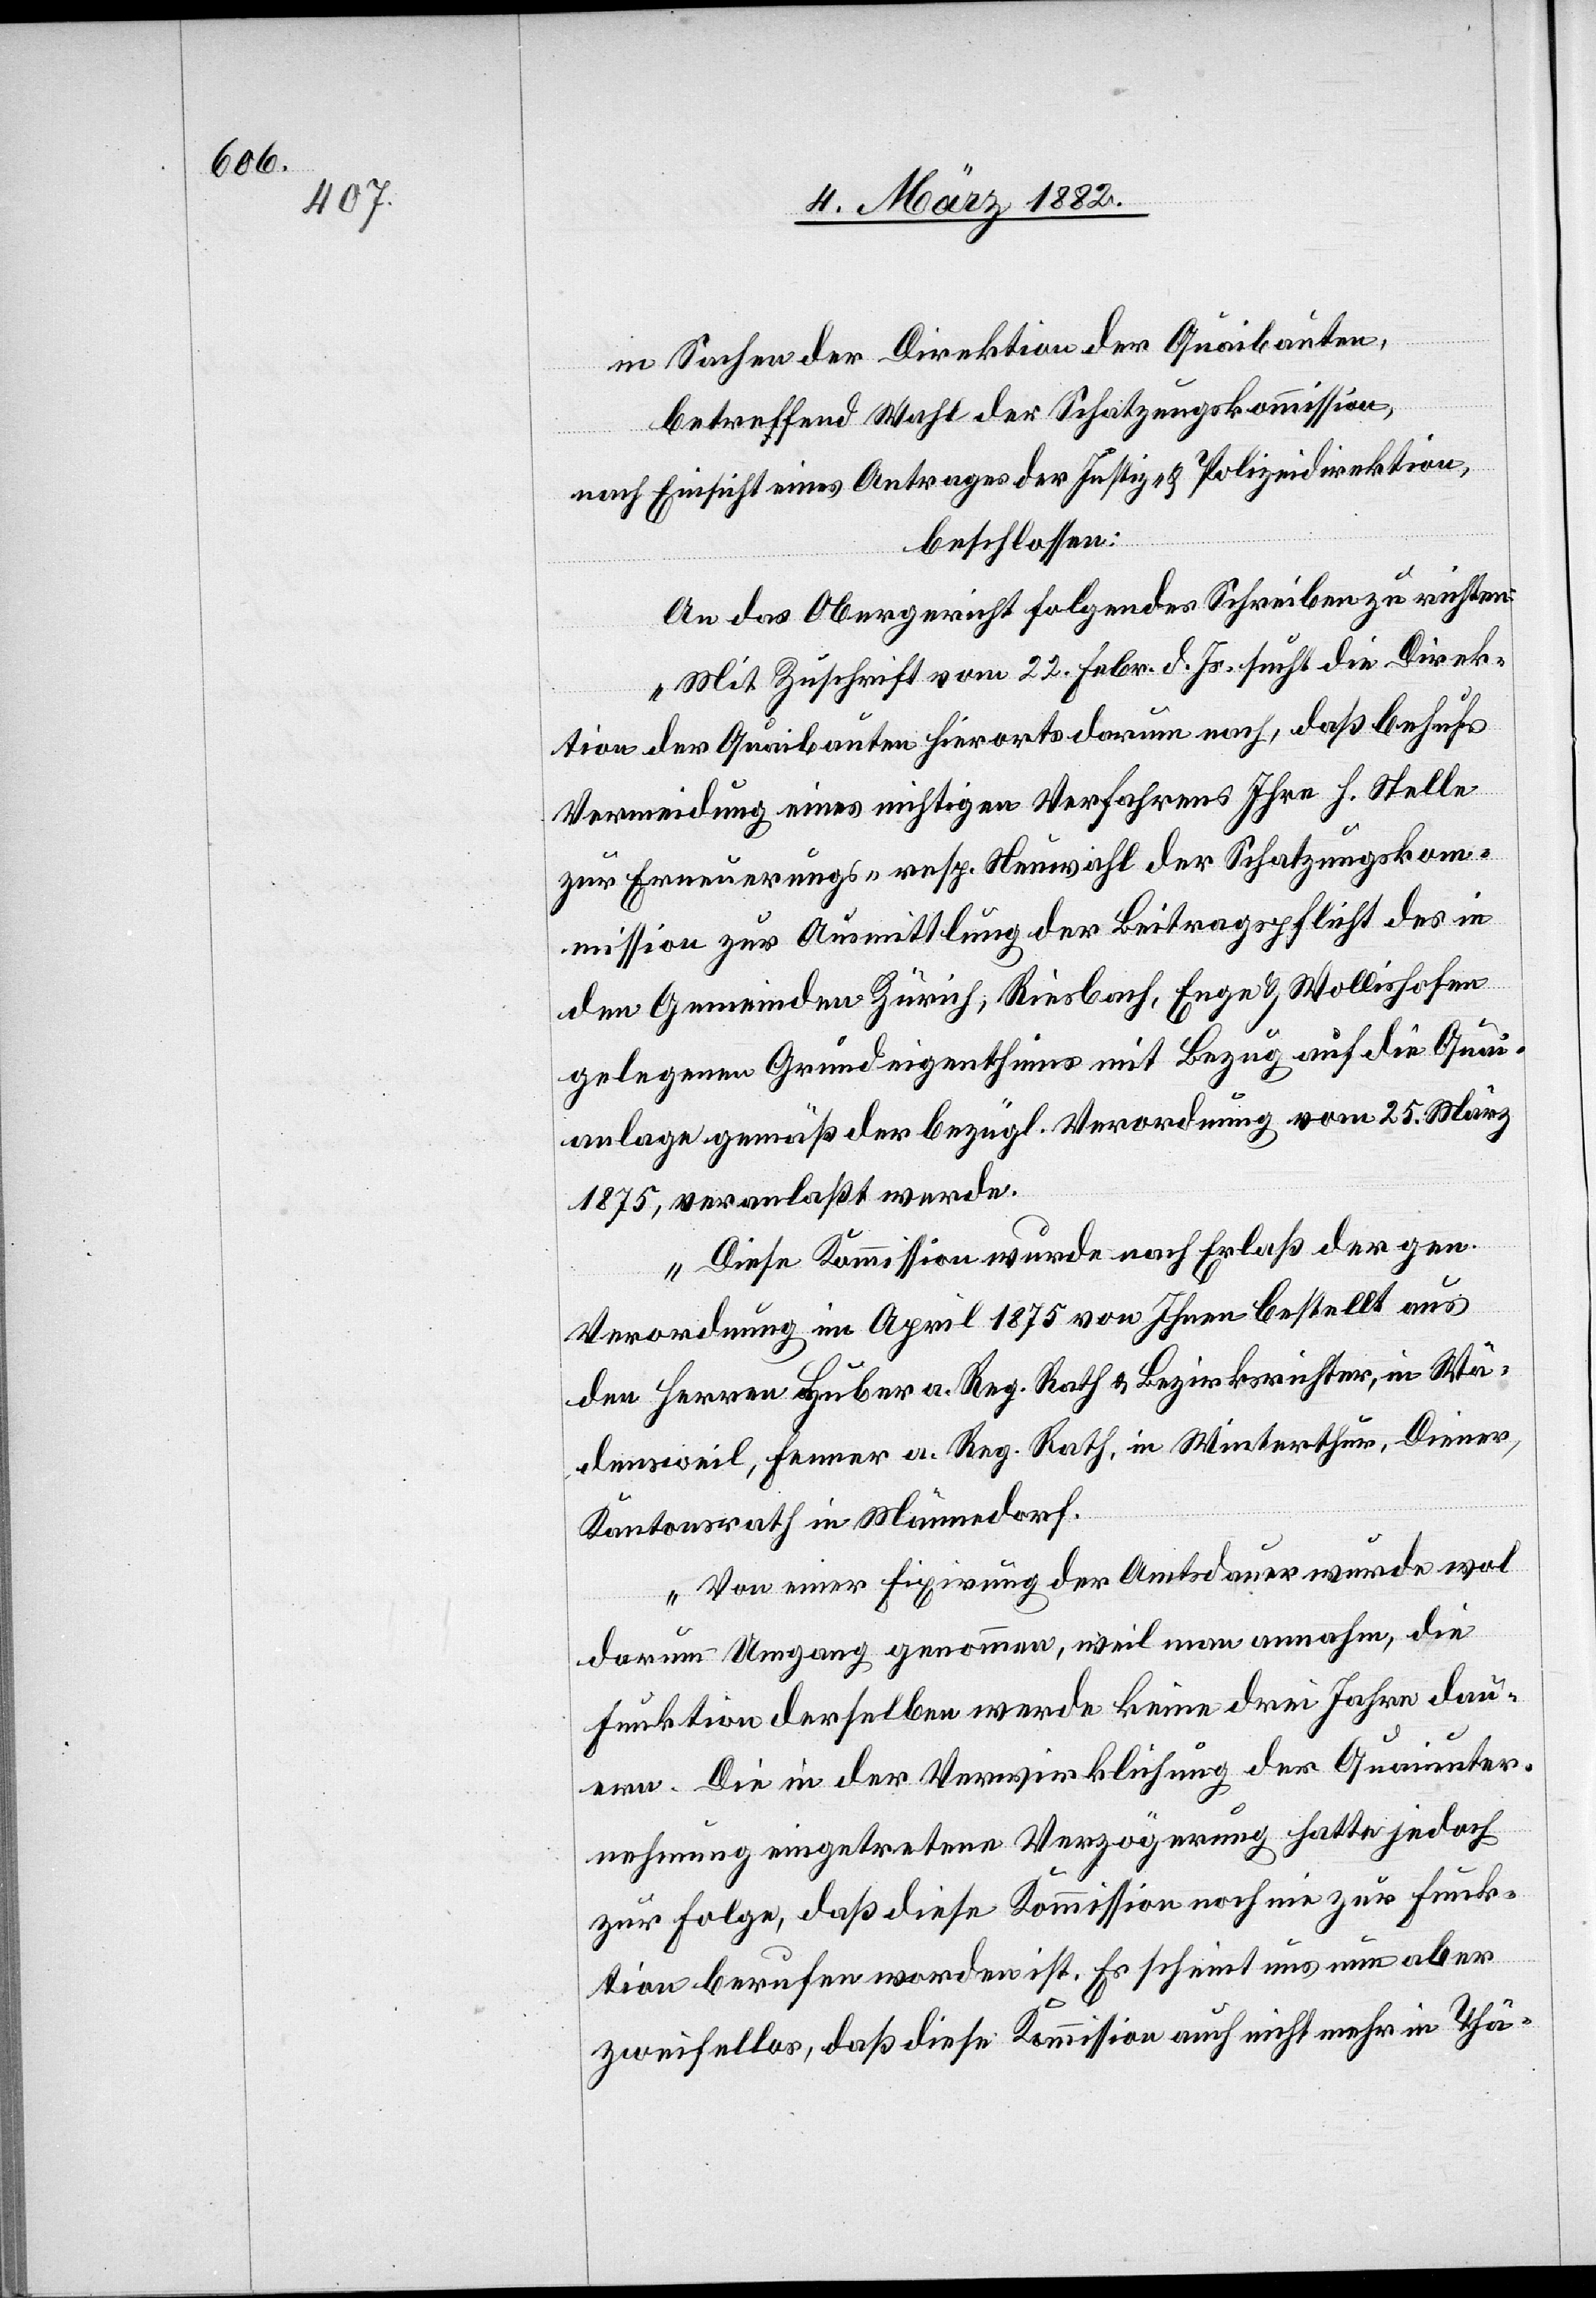
in Sachen der Direktion der Quaibauten,
betreffend Wahl der Schätzungskommission,
nach Einsicht eines Antrages der Justiz- & Polizeidirektion,
beschlossen:
An das Obergericht folgendes Schreiben zu richten:
„Mit Zuschrift vom 22. Febr. d. Js. sucht die Direk¬
tion der Quaibauten hierorts darum nach, daß behufs
Verminderung eines nichtigen Verfahrens Ihre h. Stelle
zur Erneuerungs- resp. Neuwahl der Schätzungskom¬
mission zur Ausmittlung der Beitragspflicht des in
den Gemeinden Zürich, Riesbach, Engen & Wollishofen
gelegenen Grundeigenthums mit Bezug auf die Quai¬
anlage gemäß der bezügl. Verordnung vom 25. März
1875, veranlaßt werde.
Diese Kommission wurde nach Erlaß der gem.
Verordnung im April 1874 von Ihnen bestellt aus
den Herren Huber a. Reg. Rath & Bezirksrichter, in Wä¬
densweil, Fenner a. Reg. Rath, in Winterthur, Diener,
Kantonsrath in Männedorf.
Von einer Fixirung der Amtsdauer wurde wol
darum Umgang genommen, weil man annahm, die
Funktion derselben werde keine drei Jahre dau¬
ern. Die in der Verwirklichung der Quaiunter¬
nehmung eingetretenen Verzögerung hatte jedoch
zur Folge, daß diese Kommission noch nie zur Funk¬
tion berufen worden ist. Es scheint uns nun aber
zweifellos, daß diese Kommission auch nicht mehr in Thä-